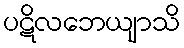
ပဋိလဘေယျာသိ